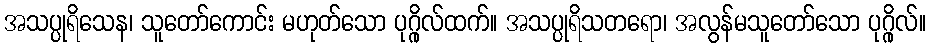
အသပ္ပုရိသေန၊ သူတော်ကောင်း မဟုတ်သော ပုဂ္ဂိုလ်ထက်။ အသပ္ပုရိသတရော၊ အလွန်မသူတော်သော ပုဂ္ဂိုလ်။